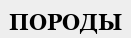
ПОРОДЫ